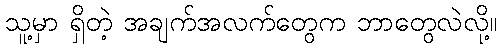
သူ့မှာ ရှိတဲ့ အချက်အလက်တွေက ဘာတွေလဲလို့။